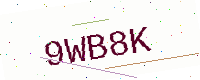
Text: 9WB8K